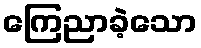
ကြေညာခဲ့သော